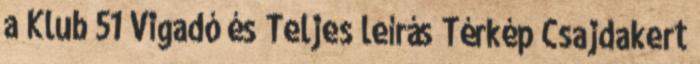
a Klub 51 Vigadó és Teljes leírás Térkép Csajdakert